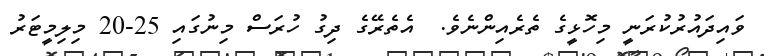
ވައިދައުރުކުރަނީ މިހޮޅީގެ ތެރެއިންނެވެ.  އެތެރޭގެ ދިގު ހުރަސް މިނުގައި 25-20 މިލިމީޓަރު